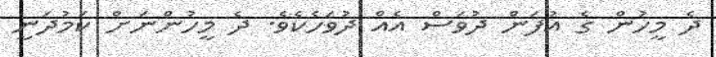
ދެ މީހުން ގެ އުފަން ދުވަސް އެއް ދުވަހެކެވެ. ދެ މީހުންނަށް ކަމުދަނީ